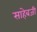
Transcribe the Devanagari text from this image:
साहेबजी